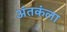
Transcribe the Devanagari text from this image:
अंतकंला